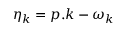
\eta _ { \boldsymbol { k } } = \boldsymbol { p } . \boldsymbol { k } - \omega _ { k }